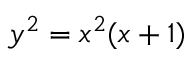
y ^ { 2 } = x ^ { 2 } ( x + 1 )